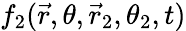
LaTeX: f_{2}(\vec{r},\theta,\vec{r}_{2},\theta_{2},t)